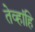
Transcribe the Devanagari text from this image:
तेव्हांहि